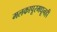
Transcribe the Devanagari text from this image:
मलकापूरमधूनही